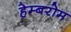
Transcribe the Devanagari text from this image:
हेम्बरोम